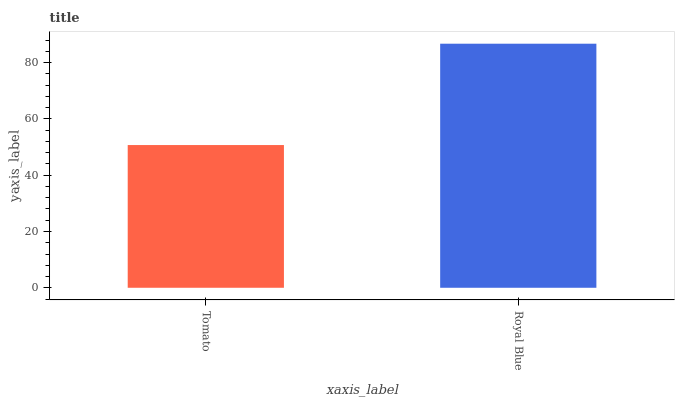
| xaxis_label | bars |
 | --- | --- |
 | Tomato | 50.7 |
 | Royal Blue | 86.7 |